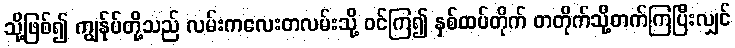
သို့ဖြစ်၍ ကျွန်ုပ်တို့သည် လမ်းကလေးတလမ်းသို့ ဝင်ကြ၍ နှစ်ထပ်တိုက် တတိုက်သို့တက်ကြပြီးလျှင်